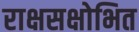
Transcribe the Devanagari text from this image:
राक्षसक्षोभित